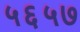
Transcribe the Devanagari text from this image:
५६५७